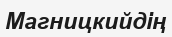
Магницкийдің